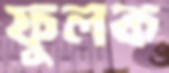
ফুলক